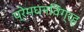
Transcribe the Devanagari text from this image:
प्रेमघनविग्रह